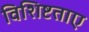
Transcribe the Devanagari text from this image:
विशिष्टताए